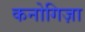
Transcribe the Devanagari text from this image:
कनोगिज़ा